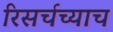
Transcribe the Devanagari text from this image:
रिसर्चच्याच